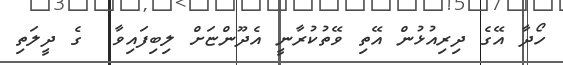
ހޯދާ އޭގެ ދިރިއުޅުން އޭތި ވޭތުކުރާނީ އެދޫންޏަށް ލިބިފައިވާ  ގެ ދީލަތި